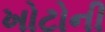
ખોટોની